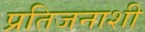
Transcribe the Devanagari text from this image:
प्रतिजनाशी